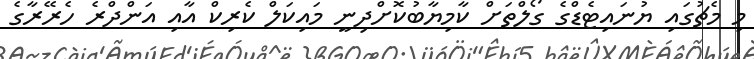
މި މެޗުގައި ޔުނައިޓެޑްގެ ގޯލްތަށް ކާމިޔާބުކޮށްދިނީ މައިކަލް ކެރިކް އާއި އަންދްރެ ހެރޭރާގެ